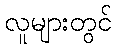
လူများတွင်